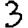
Digit: 3